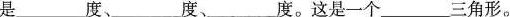
是___度、___度、___度。这是一个___三角形。